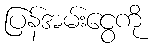
ပြန်အမ်းငွေကို